Report on sanitation, dispensaries, and jails in Rajputana for 1910, and on vaccination for the year 1910-1911 - 1910-1911
Year: 1910
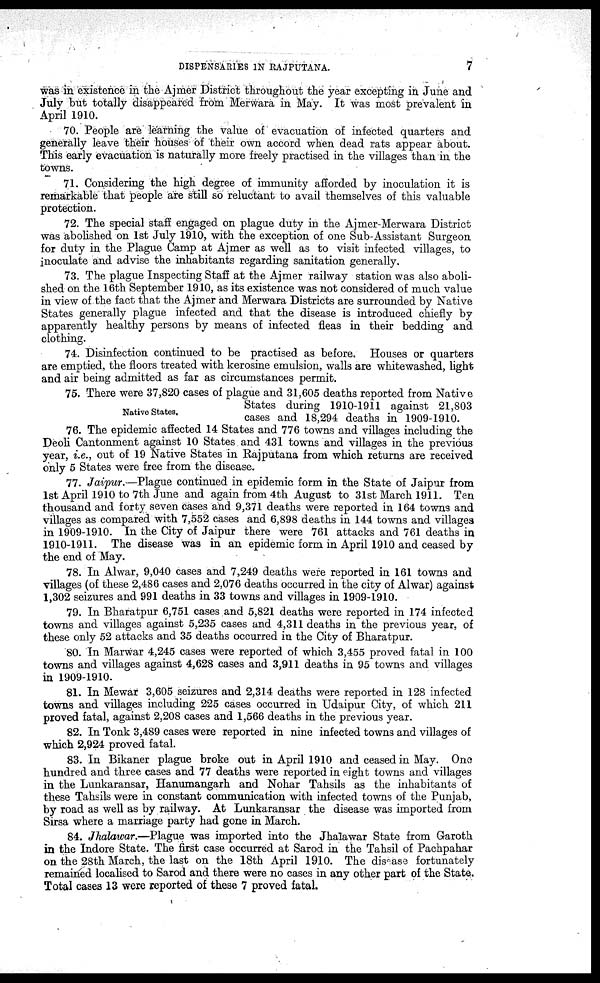
DISPENSARIES IN RAJPUTANA.
7
was in existence in the Ajmer District throughout the year excepting in June and
July but totally disappeared from Merwara in May. It was most prevalent in
April 1910.
70. People are learning the value of evacuation of infected quarters and
generally leave their houses of their own accord when dead rats appear about.
This early evacuation is naturally more freely practised in the villages than in the
towns.
71. Considering the high degree of immunity afforded by inoculation it is
remarkable that people are still so reluctant to avail themselves of this valuable
protection.
72. The special staff engaged on plague duty in the Ajmer-Merwara District
was abolished on 1st July 1910, with the exception of one Sub-Assistant Surgeon
for duty in the Plague Camp at Ajmer as well as to visit infected villages, to
inoculate and advise the inhabitants regarding sanitation generally.
73. The plague Inspecting Staff at the Ajmer railway station was also aboli-
shed on the 16th September 1910, as its existence was not considered of much value
in view of the fact that the Ajmer and Merwara Districts are surrounded by Native
States generally plague infected and that the disease is introduced chiefly by
apparently healthy persons by means of infected fleas in their bedding and
clothing.
74. Disinfection continued to be practised as before. Houses or quarters
are emptied, the floors treated with kerosine emulsion, walls are whitewashed, light
and air being admitted as far as circumstances permit.
Native States.
75. There were 37,820 cases of plague and 31,605 deaths reported from Native
States during 1910-1911 against 21,803
cases and 18,294 deaths in 1909-1910.
76. The epidemic affected 14 States and 776 towns and villages including the
Deoli Cantonment against 10 States and 431 towns and villages in the previous
year, i.e., out of 19 Native States in Rajputana from which returns are received
only 5 States were free from the disease.
77. Jaipur.—Plague continued in epidemic form in the State of Jaipur from
1st April 1910 to 7th June and again from 4th August to 31st March 1911. Ten
thousand and forty seven cases and 9,371 deaths were reported in 164 towns and
villages as compared with 7,552 cases and 6,898 deaths in 144 towns and villages
in 1909-1910. In the City of Jaipur there were 761 attacks and 761 deaths in
1910-1911. The disease was in an epidemic form in April 1910 and ceased by
the end of May.
78. In Alwar, 9,040 cases and 7,249 deaths were reported in 161 towns and
villages (of these 2,486 cases and 2,076 deaths occurred in the city of Alwar) against
1,302 seizures and 991 deaths in 33 towns and villages in 1909-1910.
79. In Bharatpur 6,751 cases and 5,821 deaths were reported in 174 infected
towns and villages against 5,235 cases and 4,311 deaths in the previous year, of
these only 52 attacks and 35 deaths occurred in the City of Bharatpur.
80. In Marwar 4,245 cases were reported of which 3,455 proved fatal in 100
towns and villages against 4,628 cases and 3,911 deaths in 95 towns and villages
in 1909-1910.
81. In Mewar 3,605 seizures and 2,314 deaths were reported in 128 infected
towns and villages including 225 cases occurred in Udaipur City, of which 211
proved fatal, against 2,208 cases and 1,566 deaths in the previous year.
82. In Tonk 3,489 cases were reported in nine infected towns and villages of
which 2,924 proved fatal.
83. In Bikaner plague broke out in April 1910 and ceased in May. One
hundred and three cases and 77 deaths were reported in eight towns and villages
in the Lunkaransar, Hanumangarh and Nohar Tahsils as the inhabitants of
these Tahsils were in constant communication with infected towns of the Punjab,
by road as well as by railway. At Lunkaransar the disease was imported from
Sirsa where a marriage party had gone in March.
84. Jhalawar.—Plague was imported into the Jhalawar State from Garoth
in the Indore State. The first case occurred at Sarod in the Tahsil of Pachpahar
on the 28th March, the last on the 18th April 1910. The disease fortunately
remained localised to Sarod and there were no cases in any other part of the State.
Total cases 13 were reported of these 7 proved fatal.